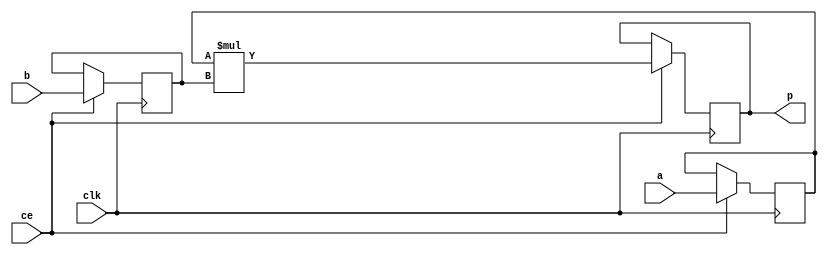
module my_video_filter_mul_16ns_32ns_48_3_Mul3S_0(clk, ce, a, b, p);
input clk;
input ce;
input[16 - 1 : 0] a; 
input[32 - 1 : 0] b; 
output[48 - 1 : 0] p;
reg [16 - 1 : 0] a_reg0;
reg [32 - 1 : 0] b_reg0;
wire [48 - 1 : 0] tmp_product;
reg [48 - 1 : 0] buff0;
assign p = buff0;
assign tmp_product = a_reg0 * b_reg0;
always @ (posedge clk) begin
    if (ce) begin
        a_reg0 <= a;
        b_reg0 <= b;
        buff0 <= tmp_product;
    end
end
endmodule